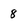
Character: 8